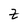
Character: Z